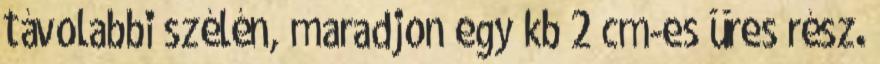
távolabbi szélén, maradjon egy kb 2 cm-es üres rész.